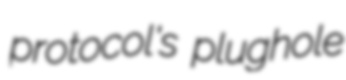
protocol's plughole